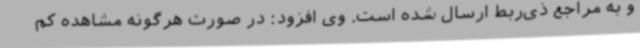
و به مراجع ذی‌ربط ارسال شده است. وی افزود: در صورت هرگونه مشاهده کم